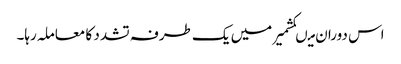
اس دوران میںکشمیر میں یک طرفہ تشدد کا معاملہ رہا۔